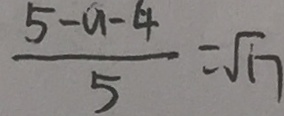
\frac { 5 - a - 4 } { 5 } = \sqrt { 1 7 }